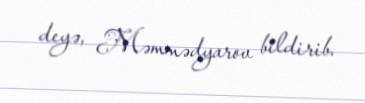
deyə, Məmmədyarov bildirib.